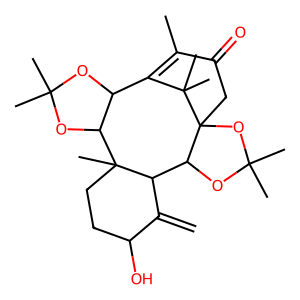
SMILES: C=C1C(O)CCC2(C)C3OC(C)(C)OC3C3=C(C)C(=O)CC4(OC(C)(C)OC4C12)C3(C)C
Inhibits HIV replication: No